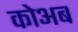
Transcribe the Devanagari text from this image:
कोअब